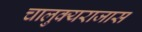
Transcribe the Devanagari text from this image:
चालुक्यराजास